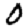
Digit: 0